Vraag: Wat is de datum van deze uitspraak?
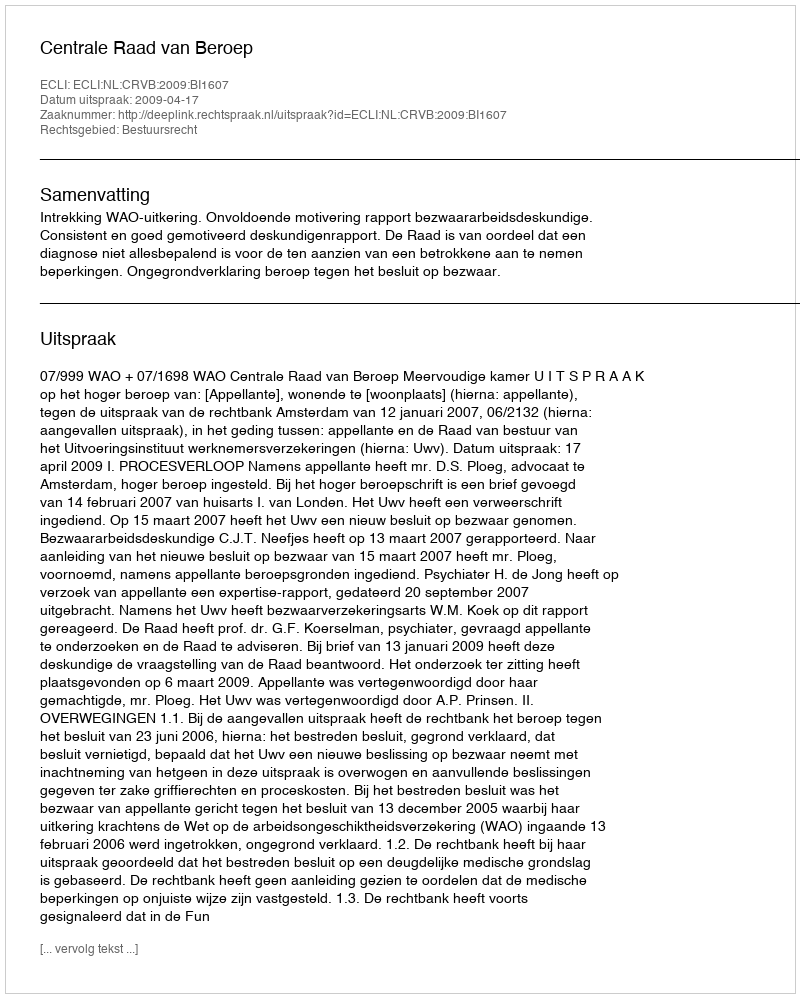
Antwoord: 2009-04-17